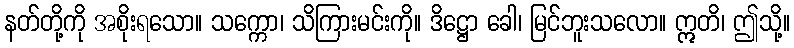
နတ်တို့ကို အစိုးရသော။ သက္ကော၊ သိကြားမင်းကို။ ဒိဋ္ဌော ခေါ၊ မြင်ဘူးသလော။ ဣတိ၊ ဤသို့။